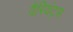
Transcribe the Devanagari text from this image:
वैरियंट्स